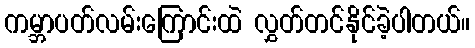
ကမ္ဘာပတ်လမ်းကြောင်းထဲ လွှတ်တင်နိုင်ခဲ့ပါတယ်။